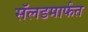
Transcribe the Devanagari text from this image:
सॅलडमार्फत